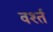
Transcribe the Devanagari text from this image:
वर्श्त